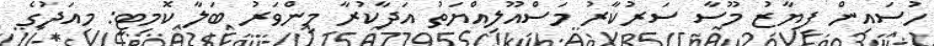
ހުސައިން ފިޔާޒު މޫސާ ސަރުކާރު މަސްއޫލިއްޔަތު އަދާކުރާ މިންވަރު ބަލާ ކޮމިޓީ: މިއަދުގެ